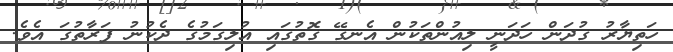
ހަތިޔާރު ގުދަން ހަދަނީ ލިއުންތަކުން އެނގޭ ގޮތުގައި އުލިގަމުގެ ދެކުނު ފަރާތުގަ އެވެ.